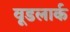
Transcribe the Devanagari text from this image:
वूडलार्क